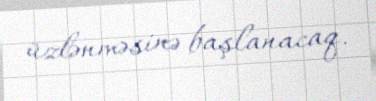
üzlənməsinə başlanacaq.